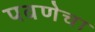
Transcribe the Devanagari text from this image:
पवणेचा